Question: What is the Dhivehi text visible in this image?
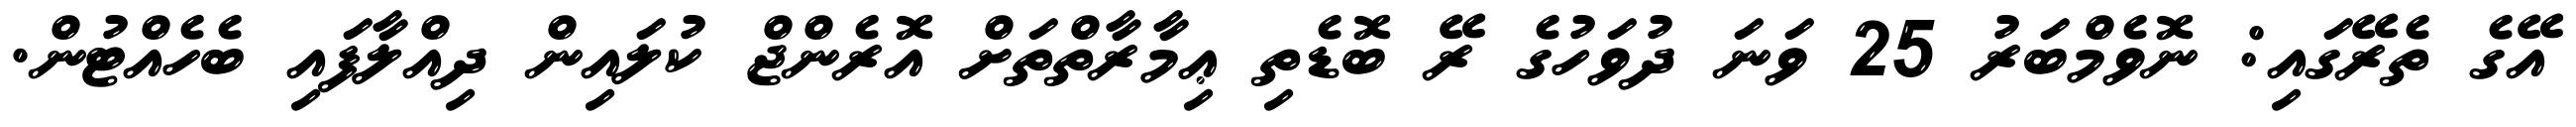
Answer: އޭގެ ތެރޭގައި: ނޮވެމްބަރު 25 ވަނަ ދުވަހުގެ ރޭ ބޮޑެތި ޢިމާރާތްތަށް އޮރެންޖް ކުލައިން ދިއްލާފައި ބެހެއްޓުން.